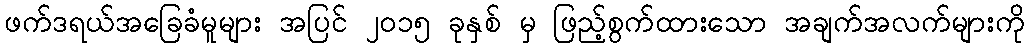
ဖက်ဒရယ်အခြေခံမူများ အပြင် ၂၀၁၅ ခုနှစ် မှ ဖြည့်စွက်ထားသော အချက်အလက်များကို